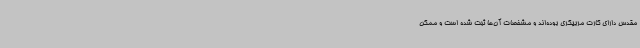
مقدس دارای کارت مربیگری بوده‌اند و مشخصات آن‌ها ثبت شده است و ممکن